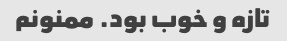
تازه و خوب بود. ممنونم